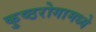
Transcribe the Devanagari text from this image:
कुष्ठरोगामध्ये